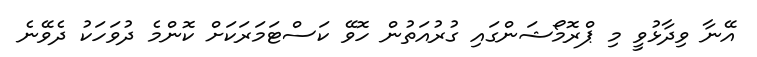
އޭނާ ވިދާޅުވީ މި ޕްރޮމޯޝަންގައި ގުރުއަތުން ހޮވޭ ކަސްޓަމަރަކަށް ކޮންމެ ދުވަހަކު ދެވޭނެ